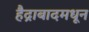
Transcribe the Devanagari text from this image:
हैद्राबादमधून